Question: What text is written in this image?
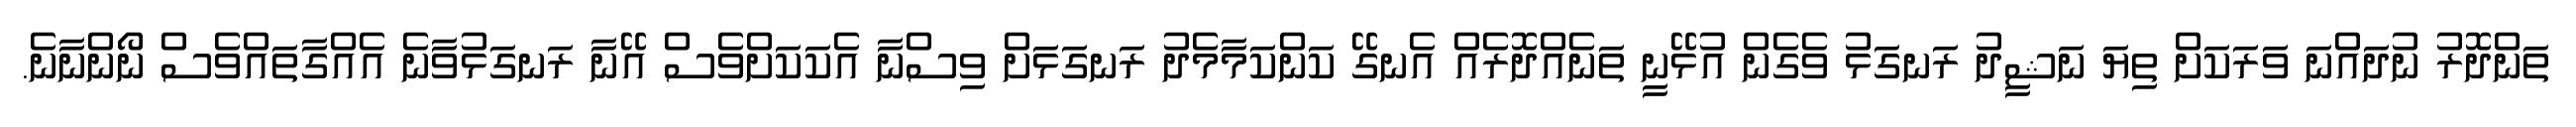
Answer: ތަންދޮރު ނުދައްނަ ވަރަކަށް ތިޔަ ނަޝީދު ރަނގަޅު ވެގެން އުޅޭނީ ތަނެއްދޮރެއް އެނގޭ ކަންކަމާމެދު ރަނގަޅަށް ވިސްނާ އެކަކަށްވެސް އޭނާ ރަނގަޅުވާނެ އެއްގާތައްވެސް ނޯންނާނެ.